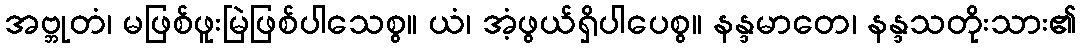
အဗ္ဘုတံ၊ မဖြစ်ဖူးမြဲဖြစ်ပါသေစွ။ ယံ၊ အံ့ဖွယ်ရှိပါပေစွ။ နန္ဒမာတေ၊ နန္ဒသတိုးသား၏